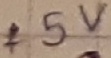
Text: +5V